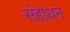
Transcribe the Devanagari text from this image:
संहाथन